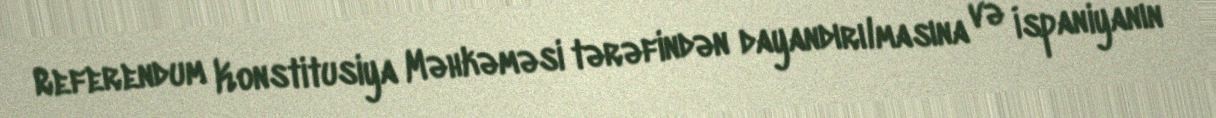
Referendum Konstitusiya Məhkəməsi tərəfindən dayandırılmasına və İspaniyanın